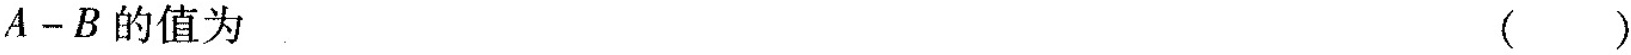
$$A-B$$的值为 ( )